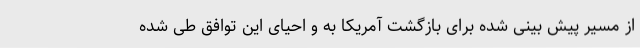
از مسیر پیش بینی شده برای بازگشت آمریکا به و احیای این توافق طی شده